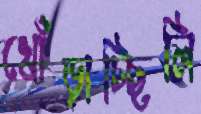
খোঁড়াচ্ছিলি